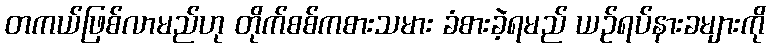
တကယ်ဖြစ်လာမည်ဟု တိုက်စစ်ကစားသမား ခံစားခဲ့ရမည် ယဉ်ရပ်နားခများကို